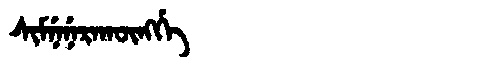
Manchu: ᠰᡳᠮᠨᡝᠨᡝᡵᠠᡴᡡᠩᡤᡝ
Romanization: SIMNENERAKŪNGGE